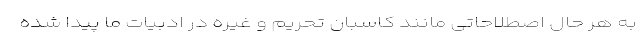
به هر حال اصطلاحاتی مانند کاسبان تحریم و غیره در ادبیات ما پیدا شده